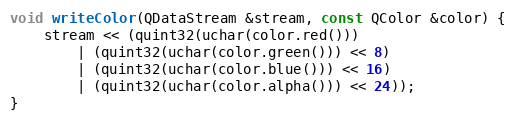
Language: C++
void writeColor(QDataStream &stream, const QColor &color) {
	stream << (quint32(uchar(color.red()))
		| (quint32(uchar(color.green())) << 8)
		| (quint32(uchar(color.blue())) << 16)
		| (quint32(uchar(color.alpha())) << 24));
}